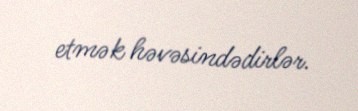
etmək həvəsindədirlər.